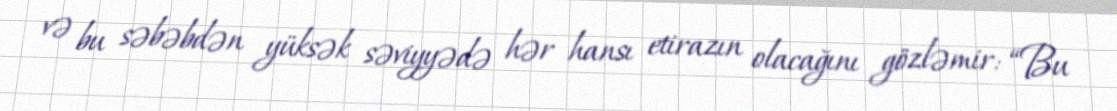
və bu səbəbdən yüksək səviyyədə hər hansı etirazın olacağını gözləmir: “Bu